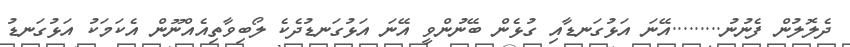
ދެލޮލުން ފެނުނު.........އޭނަ އަޅުގަނޑާއި ގުޅެން ބޭނުންވީ އޭނަ އަޅުގަނޑުދެކެ ލޯބިވާތިއެއްނޫން އެކަމަކު އަޅުގަނޑު